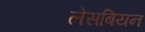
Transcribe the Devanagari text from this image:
लेसबियन